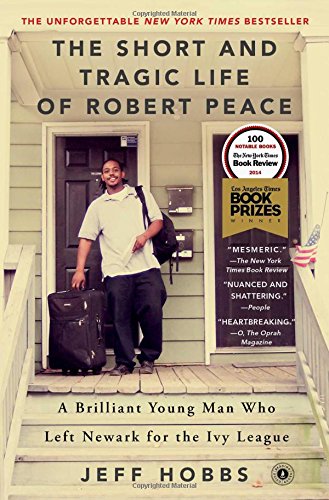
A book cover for The Short and Tragic Life of Robert Peace: A Brilliant Young Man Who Left Newark for the Ivy League; Jeff Hobbs; Education & Teaching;